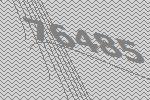
76485